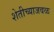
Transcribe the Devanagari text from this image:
शेतीच्याजवळ